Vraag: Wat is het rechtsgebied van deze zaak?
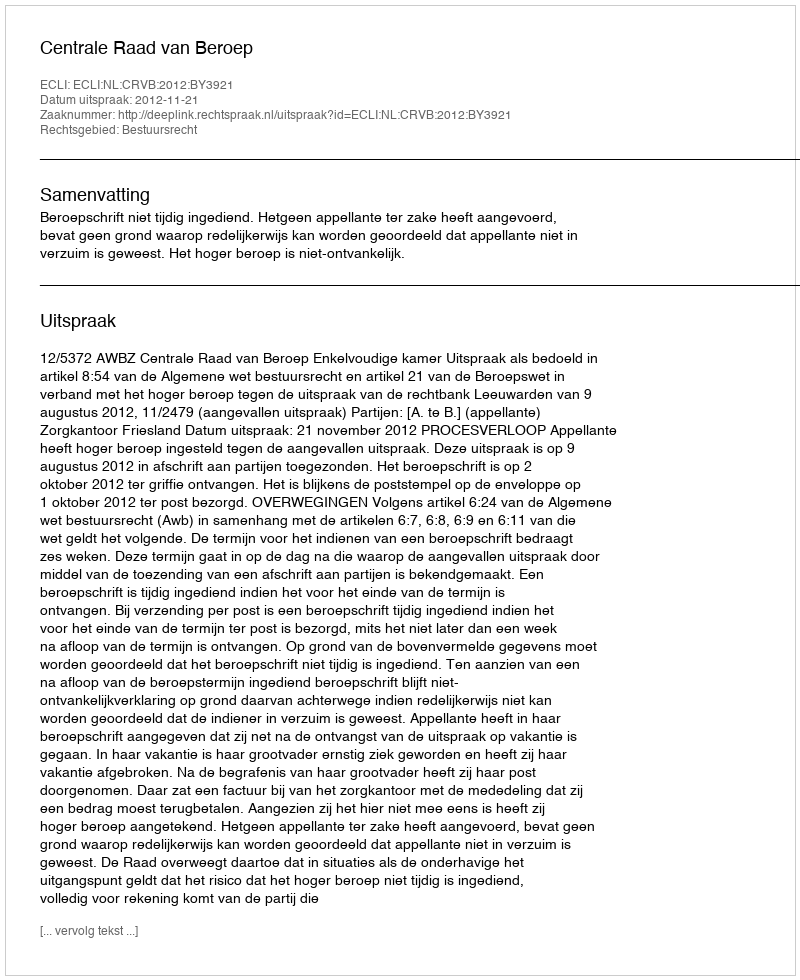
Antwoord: Bestuursrecht